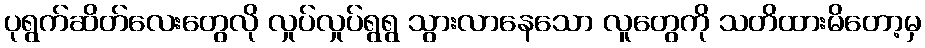
ပုရွက်ဆိတ်လေးတွေလို လှုပ်လှုပ်ရွရွ သွားလာနေသော လူတွေကို သတိထားမိတော့မှ